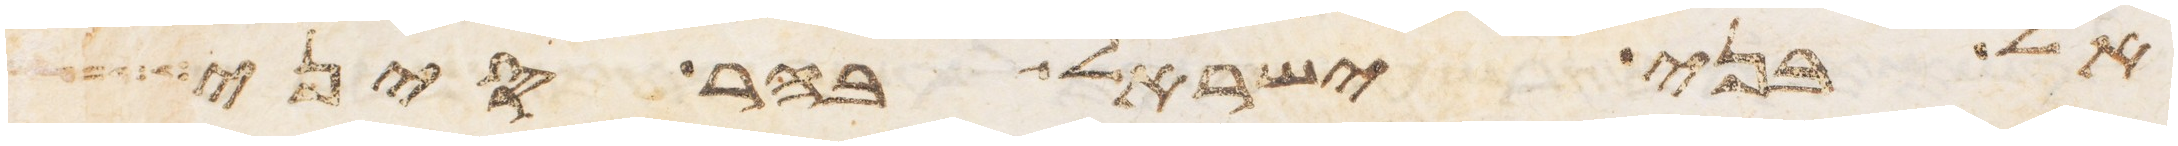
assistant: אל בני ישראל בהר סיני